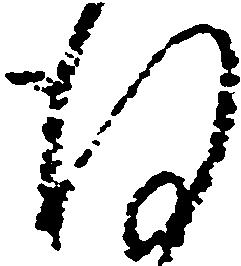
謹